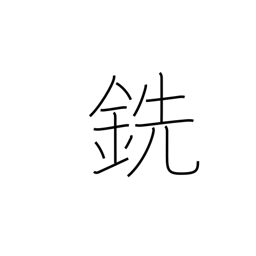
Meaning: pig iron